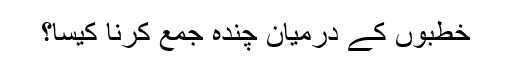
خطبوں کے درمیان چندہ جمع کرنا کیسا؟